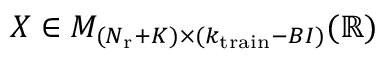
X \in { \cal M } _ { ( N _ { \mathrm { r } } + K ) \times ( k _ { \mathrm { t r a i n } } - B I ) } ( \mathbb { R } )